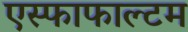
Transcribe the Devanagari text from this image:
एस्फाफाल्टम